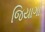
જિયાગો